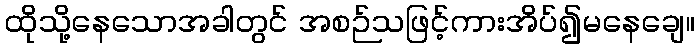
ထိုသို့နေသောအခါတွင် အစဉ်သဖြင့်ကားအိပ်၍မနေချေ။